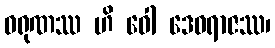
ဝရုဏဿ ဟိ ဝေါ ဒေဝရာဇဿ၊